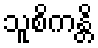
သူစိကန္တိ